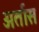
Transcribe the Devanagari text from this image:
अर्तास